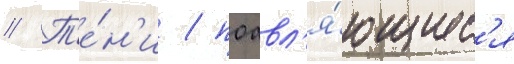
// Т'е́н'и / поавл'я́ющиес'я